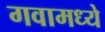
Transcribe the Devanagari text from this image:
गवामध्ये